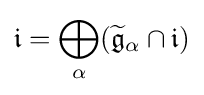
{\mathfrak {i}}=\bigoplus _{\alpha }({\widetilde {\mathfrak {g}}}_{\alpha }\cap {\mathfrak {i}})